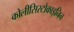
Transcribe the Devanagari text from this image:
कोलीसिस्टोकाइनिन